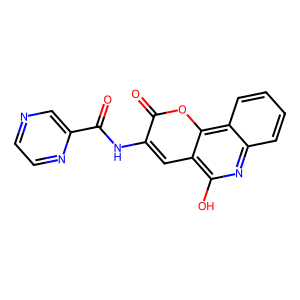
SMILES: O=C(Nc1cc2c(O)nc3ccccc3c2oc1=O)c1cnccn1
Inhibits HIV replication: No